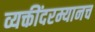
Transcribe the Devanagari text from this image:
व्यक्तींदरम्यानच